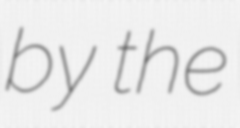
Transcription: by the